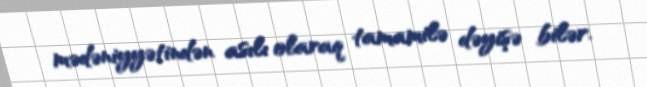
mədəniyyətindən asılı olaraq tamamilə dəyişə bilər.